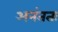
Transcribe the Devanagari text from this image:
अनंततः